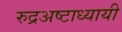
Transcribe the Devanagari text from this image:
रुद्रअष्‍टाध्‍यायी